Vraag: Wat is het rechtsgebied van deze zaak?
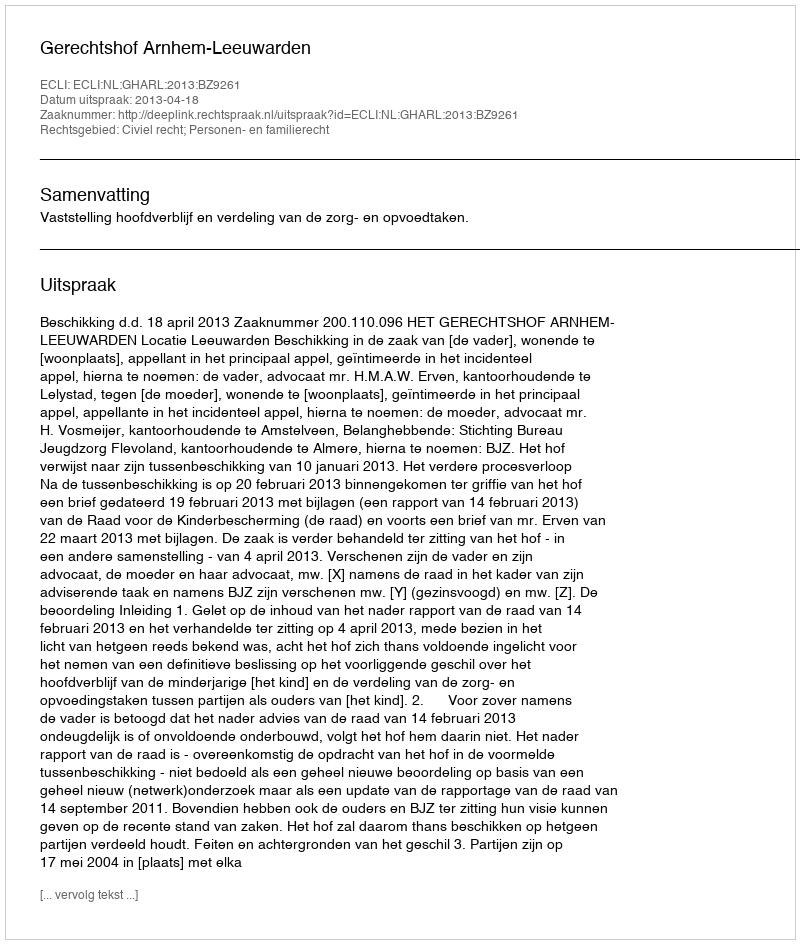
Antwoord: Civiel recht; Personen- en familierecht